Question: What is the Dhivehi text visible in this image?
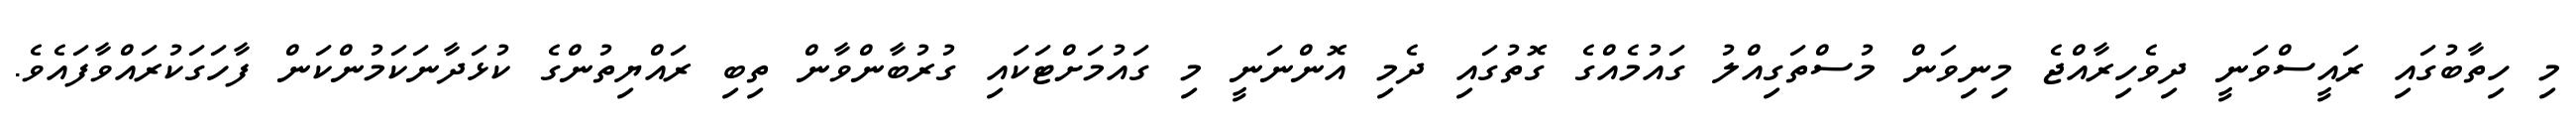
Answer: މި ހިތާބުގައި ރައީސްވަނީ ދިވެހިރާއްޖެ މިނިވަން މުސްތަގިއްލު ގައުމެއްގެ ގޮތުގައި ދެމި އޮންނަނީ މި ގައުމަށްޓަކައި ގުރުބާންވާން ތިބި ރައްޔިތުންގެ ކުޅަދާނަކަމުންކަން ފާހަގަކުރައްވާފައެވެ.